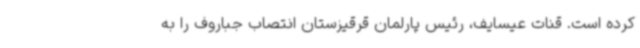
کرده است. قنات عیسایف، رئیس پارلمان قرقیزستان انتصاب جباروف را به